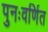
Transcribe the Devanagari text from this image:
पुनःवर्णित